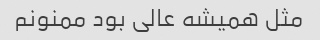
مثل همیشه عالی بود ممنونم‌